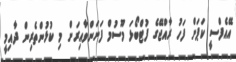
އޭއެފްސީ ކަޕަށް ފަހު ރާއްޖޭގެ ފުޓްބޯޅަ މޫސުމް ފަށަންވާއިރަށް މި ކުޅުންތެރިން ދާއިމީ